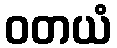
ဝတယံ